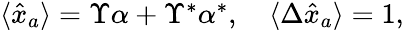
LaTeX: \begin{array}{r}{\langle\hat{x}_{a}\rangle=\Upsilon\alpha+\Upsilon^{\ast}\alpha^{\ast},\quad\langle\Delta\hat{x}_{a}\rangle=1,}\end{array}